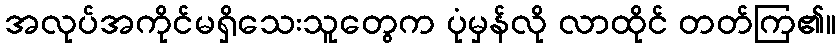
အလုပ်အကိုင်မရှိသေးသူတွေက ပုံမှန်လို လာထိုင် တတ်ကြ၏။